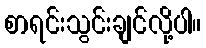
စာရင်းသွင်းချင်လို့ပါ။